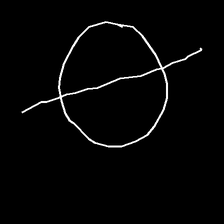
Glyph: orb